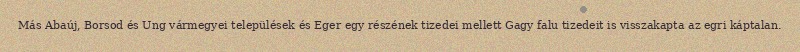
Más Abaúj, Borsod és Ung vármegyei települések és Eger egy részének tizedei mellett Gagy falu tizedeit is visszakapta az egri káptalan.